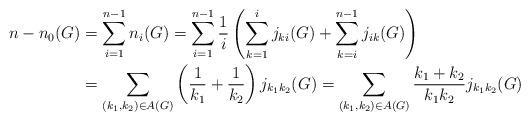
LaTeX: \begin{align*}n-n_0(G)&=\sum_{i=1}^{n-1} n_i(G)=\sum_{i=1}^{n-1}\frac{1}{i}\left(\sum_{k=1}^i j_{k i}(G)+\sum_{k=i}^{n-1}j_{ik}(G) \right)\\&=\sum_{(k_1,k_2)\in A(G)}\left(\frac{1}{k_1}+\frac{1}{k_2}\right)j_{k_1k_2}(G)=\sum_{(k_1,k_2)\in A(G)}\frac{k_1+k_2}{k_1k_2}j_{k_1k_2}(G)\end{align*}